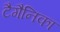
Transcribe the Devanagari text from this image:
टैगैनिका